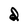
Character: d